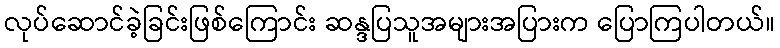
လုပ်ဆောင်ခဲ့ခြင်းဖြစ်ကြောင်း ဆန္ဒပြသူအများအပြားက ပြောကြပါတယ်။